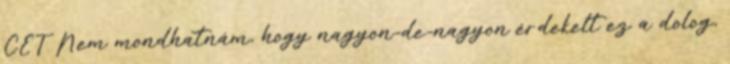
CET Nem mondhatnám, hogy nagyon-de-nagyon érdekelt ez a dolog,